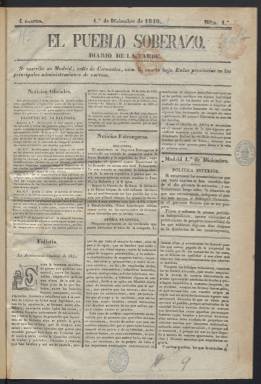
Título: El Pueblo soberano
Colección: Periódicos anteriores a 1850
Ámbito geográfico: Madrid
Lugar de publicación: Madrid
Fechas: 01/12/1840-29/01/1841